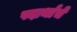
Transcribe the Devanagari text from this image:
पदार्थांचें